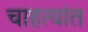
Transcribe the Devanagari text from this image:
चाहत्यांत